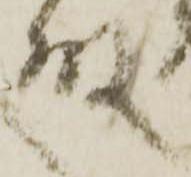
殿